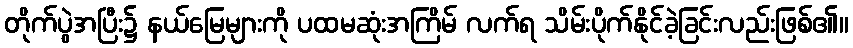
တိုက်ပွဲအပြီး၌ နယ်မြေများကို ပထမဆုံးအကြိမ် လက်ရ သိမ်းပိုက်နိုင်ခဲ့ခြင်းလည်းဖြစ်၏။